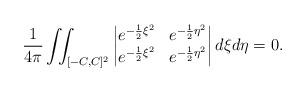
LaTeX: \begin{align*} \frac{1}{4\pi} \iint_{[-C, C]^2} \begin{vmatrix} e^{-\frac{1}{2}\xi^2} & e^{-\frac{1}{2}\eta^2} \\ e^{-\frac{1}{2}\xi^2} & e^{-\frac{1}{2}\eta^2} \end{vmatrix} d\xi d\eta = 0. \end{align*}